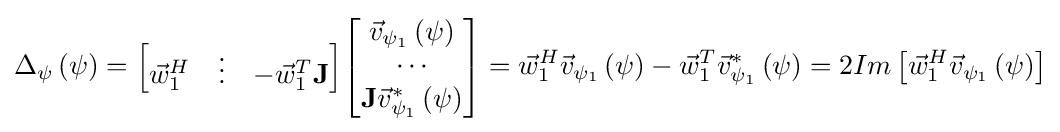
\Delta _{\psi }\left(\psi \right)={\begin{bmatrix}{\vec {w}}_{1}^{H}&\vdots &-{\vec {w}}_{1}^{T}{\textbf {J}}\end{bmatrix}}{\begin{bmatrix}{\vec {v}}_{\psi _{1}}\left(\psi \right)\\\cdots \\{\textbf {J}}{\vec {v}}_{\psi _{1}}^{*}\left(\psi \right)\end{bmatrix}}={\vec {w}}_{1}^{H}{\vec {v}}_{\psi _{1}}\left(\psi \right)-{\vec {w}}_{1}^{T}{\vec {v}}_{\psi _{1}}^{*}\left(\psi \right)=2Im\left[{\vec {w}}_{1}^{H}{\vec {v}}_{\psi _{1}}\left(\psi \right)\right]